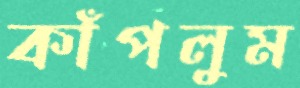
কাঁপলুম